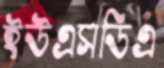
ইউএসডিএ